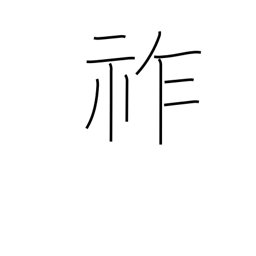
Meaning: imperial throne